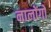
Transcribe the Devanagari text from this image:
नालोंगो